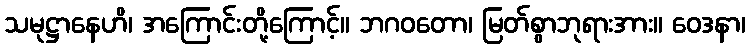
သမုဋ္ဌာနေဟိ၊ အကြောင်းတို့ကြောင့်။ ဘဂဝတော၊ မြတ်စွာဘုရားအား။ ဝေဒနာ၊